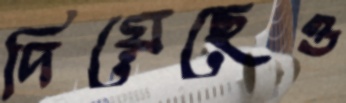
দিয়েছেও